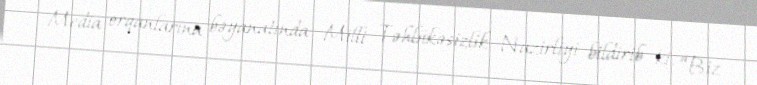
Media orqanlarına bəyanatında Milli Təhlükəsizlik Nazirliyi bildirib ki, “Biz